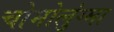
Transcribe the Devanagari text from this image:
चोमोलुंग्मा